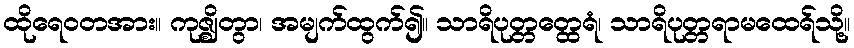
ထိုရေဝတအား။ ကုဇ္ဈိတွာ၊ အမျက်ထွက်၍။ သာရိပုတ္တတ္ထေရံ၊ သာရိပုတ္တရာမထေရ်သို့။